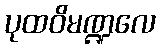
ပုထဝိမဏ္ဍလေ